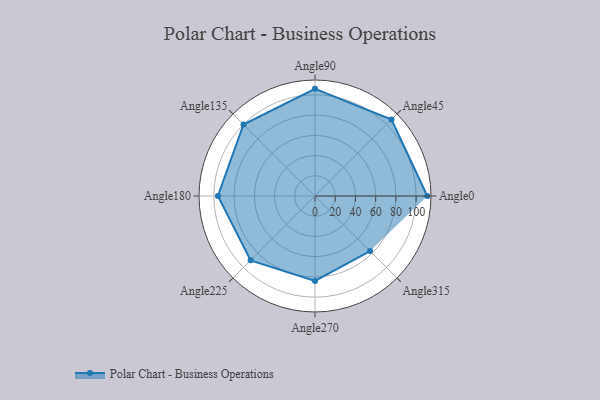
{"axis": {"x": "Angle", "y": "Radius"}, "legend": [""], "data": [{"x": "Angle0", "y": 111.0, "type": ""}, {"x": "Angle45", "y": 107.0, "type": ""}, {"x": "Angle90", "y": 106.0, "type": ""}, {"x": "Angle135", "y": 100.0, "type": ""}, {"x": "Angle180", "y": 96.0, "type": ""}, {"x": "Angle225", "y": 90.0, "type": ""}, {"x": "Angle270", "y": 84.0, "type": ""}, {"x": "Angle315", "y": 77.0, "type": ""}]}